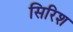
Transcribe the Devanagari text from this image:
सिरिश